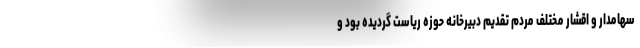
سهامدار و اقشار مختلف مردم تقدیم دبیرخانه حوزه ریاست گردیده بود و